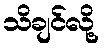
သိချင်လို့